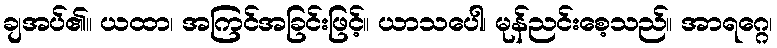
ချအပ်၏။ ယထာ၊ အကြင်အခြင်းဖြင့်။ ယာသပေါ၊ မုန်ညင်းစေ့သည်။ အာရဂ္ဂေ၊